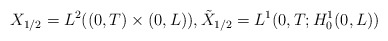
\begin{align*}X_{1/2}=L^{2}( ( 0,T) \times( 0,L) ) , \tilde{X}_{1/2}=L^{1}( 0,T;H_{0}^{1}( 0,L) )\end{align*}